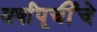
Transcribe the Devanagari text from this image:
वर्षांपूर्चीचे